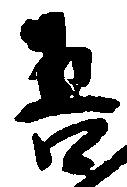
吾